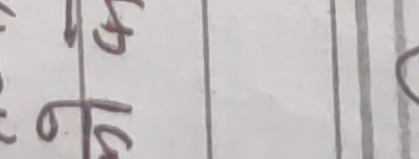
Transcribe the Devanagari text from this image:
६६